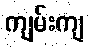
ကျမ်းကျ